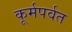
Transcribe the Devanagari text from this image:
कूर्मपर्वत